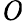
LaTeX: \mathit{O}